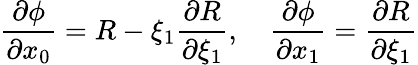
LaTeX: \frac{\partial\phi}{\partial x_{0}}=R-\xi_{1}\frac{\partial R}{\partial\xi_{1}},\quad\frac{\partial\phi}{\partial x_{1}}=\frac{\partial R}{\partial\xi_{1}}